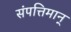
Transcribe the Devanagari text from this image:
संपत्तिमान्